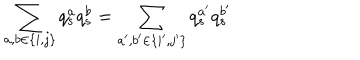
\sum _ { a , b \in \{ i , j \} } q _ { s } ^ { a } q _ { s } ^ { b } = \sum _ { a ^ { \prime } , b ^ { \prime } \in \{ i ^ { \prime } , j ^ { \prime } \} } q _ { s } ^ { a ^ { \prime } } q _ { s } ^ { b ^ { \prime } }